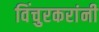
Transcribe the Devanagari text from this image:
विंचुरकरांनी